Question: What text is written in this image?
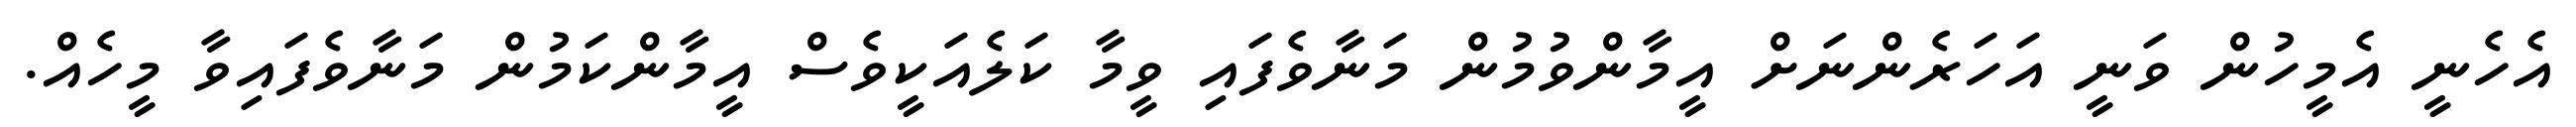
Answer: އެހެނީ އެމީހުން ވަނީ އަހަރެންނަށް އީމާންވުމުން މަނާވެފައި ވީމާ ކަލެއަކީވެސް އީމާންކަމުން މަނާވެފައިވާ މީހެއް.